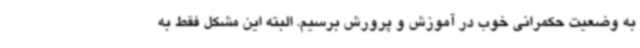
به وضعیت حکمرانی خوب در آموزش و پرورش برسیم. البته این مشکل فقط به